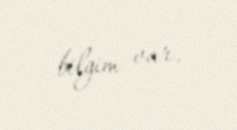
bilgim var.